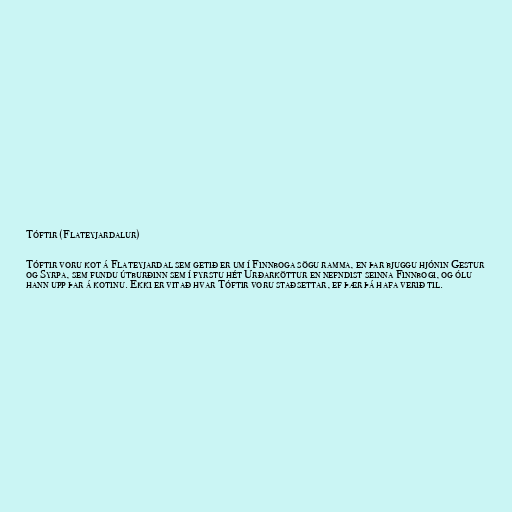
Tóftir (Flateyjardalur)

Tóftir voru kot á Flateyjardal sem getið er um í Finnboga sögu ramma, en þar bjuggu hjónin Gestur
og Syrpa, sem fundu útburðinn sem í fyrstu hét Urðarköttur en nefndist seinna Finnbogi, og ólu
hann upp þar á kotinu. Ekki er vitað hvar Tóftir voru staðsettar, ef þær þá hafa verið til.